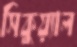
সিকুয়্যাল